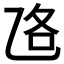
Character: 𱎅